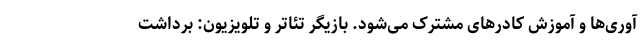
آوری‌ها و آموزش کادرهای مشترک می‌شود. بازیگر تئاتر و تلویزیون: برداشت